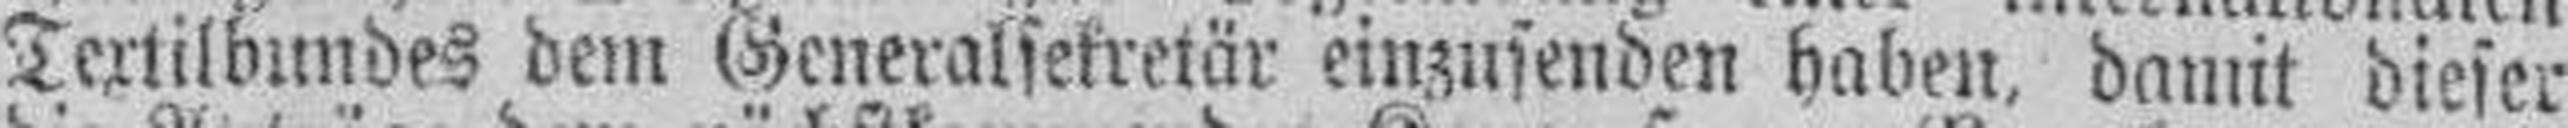
Textilbundes dem Generalsekretär einzusenden haben, damit dieser